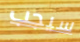
سيجب